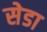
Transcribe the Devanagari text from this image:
सेडा